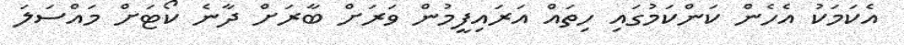
އެކަމަކު އެހެން ކަންކަމުގައި ހިތައް އަރައިފީމުން ވަރަށް ބާރަށް ދާނެ ކޯޓަށް މައްސަލަ